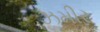
ઝમીર